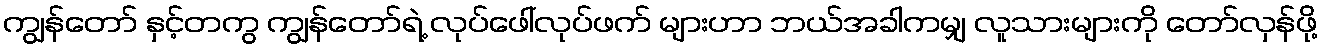
ကျွန်တော် နှင့်တကွ ကျွန်တော်ရဲ့ လုပ်ဖေါ်လုပ်ဖက် များဟာ ဘယ်အခါကမျှ လူသားများကို တော်လှန်ဖို့